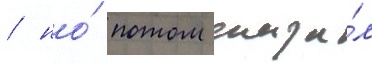
/ но́ потом сказа́л